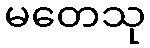
မတေသု